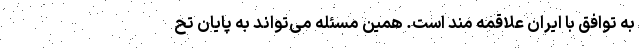
به توافق با ایران علاقمه مند است. همین مسئله می‌تواند به پایان تح